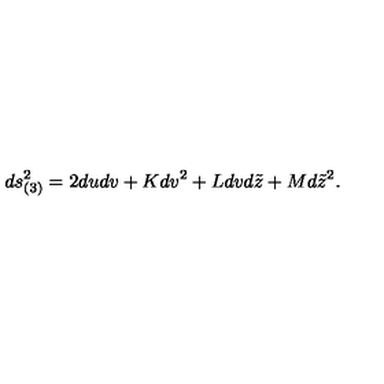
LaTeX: d s _ { ( 3 ) } ^ { 2 } = 2 d u d v + K d v ^ { 2 } + L d v d \tilde { z } + M d \tilde { z } ^ { 2 } .